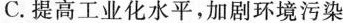
C. 提高工业化水平，加剧环境污染